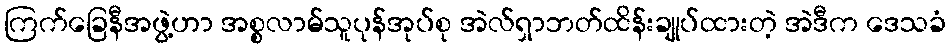
ကြက်ခြေနီအဖွဲ့ဟာ အစ္စလာမ်သူပုန်အုပ်စု အဲလ်ရှာဘတ်ထိန်းချုပ်ထားတဲ့ အဲဒီက ဒေသခံ